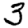
Digit: 3